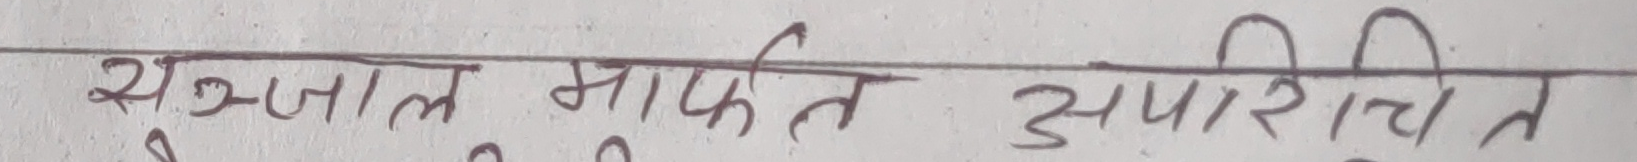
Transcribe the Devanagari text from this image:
संजाल मार्फत अपरिचित